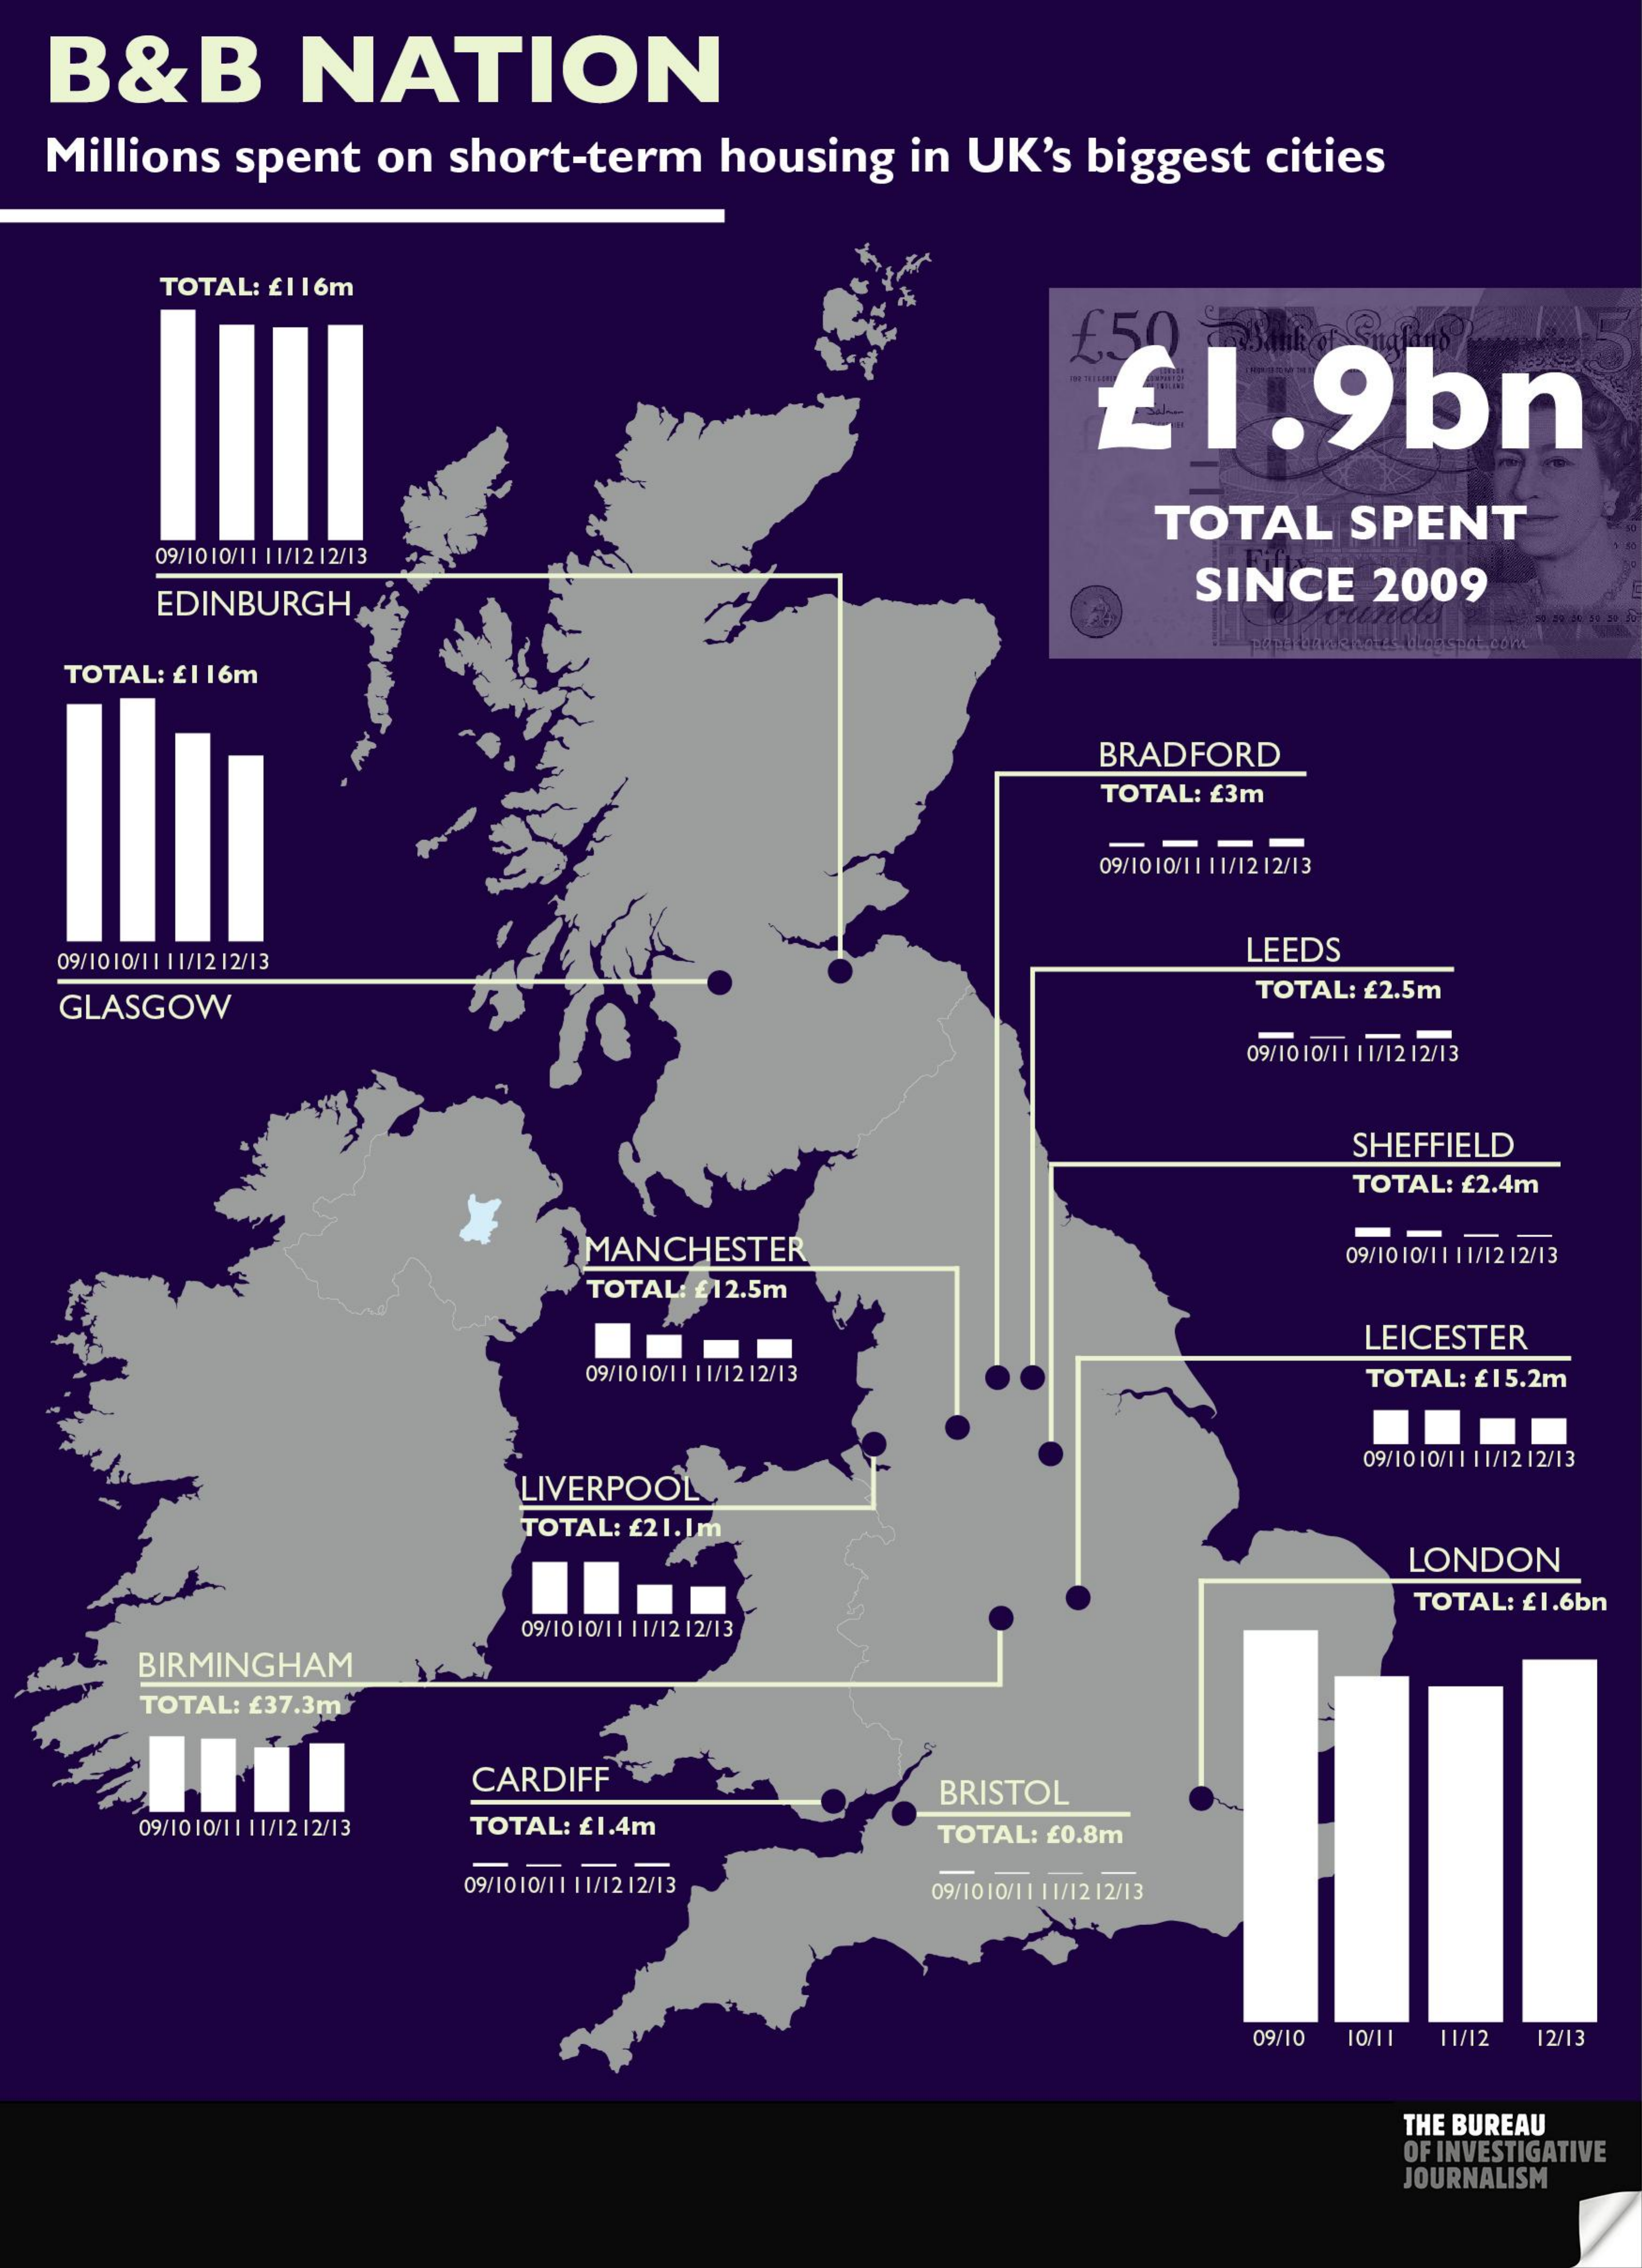
B&B    NATION
  Millions spent on short-term housing in UK's biggest cities
     TOTAL: £116m
     £50
     £1.9bn
     TOTAL  SPENT
     09/1010/1| |1/12 12/13
     EDINBURGH
     SINCE 2009
   TOTAL: £1 16m
     BRADFORD
     TOTAL: £3m
     09/1010/11 11/12 12/13
   09/1010/11 11/12 12/13    LEEDS
   GLASGOW
     TOTAL: £2.5m
     09/1010/11 11/12 12/13
     SHEFFIELD
     TOTAL: £2.4m
     MANCHESTER
     - -
     09/1010/11 11/12 12/13
     TOTAL: £12.5m
     LEICESTER
     09/1010/11 |1/12 12/13    TOTAL: £15.2m
     LIVERPOOL
     09/1010/11 11/12 12/13
     TOTAL: £21.Im
     LONDON
     TOTAL: £1.6bn
     09/1010/11 11/12 12/13
     BIRMINGHAM
     TOTAL: £37.3m ™
     CARDIFF    BRISTOL
     09/10 10/11 11/12 12/13 TOTAL: £1.4m TOTAL: £0.8m
     09/1010/11 11/12 12/13 09/1010/11 11/12|2/13
     09/10 10/11 11/12 12/13
     THE BUREAU
     OF INVESTIGATIVE
     JOURNALISM